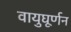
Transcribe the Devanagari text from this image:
वायुघूर्णन